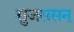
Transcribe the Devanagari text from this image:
सुजससन्